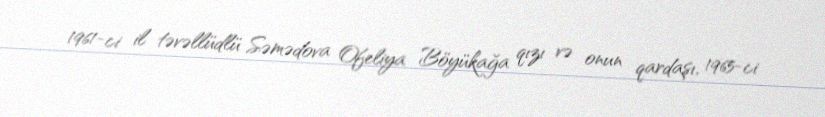
1961-ci il təvəllüdlü Səmədova Ofeliya Böyükağa qızı və onun qardaşı, 1965-ci